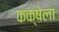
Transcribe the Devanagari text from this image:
कक्षेला